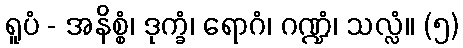
ရူပံ - အနိစ္စံ၊ ဒုက္ခံ၊ ရောဂံ၊ ဂဏ္ဍံ၊ သလ္လံ။ (၅)